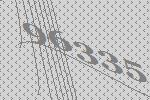
96335